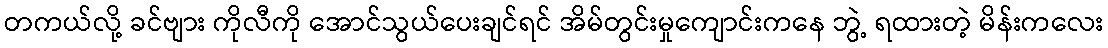
တကယ်လို့ ခင်ဗျား ကိုလီကို အောင်သွယ်ပေးချင်ရင် အိမ်တွင်းမှုကျောင်းကနေ ဘွဲ့ ရထားတဲ့ မိန်းကလေး